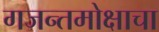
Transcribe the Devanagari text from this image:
गजन्तमोक्षाचा